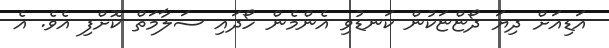
އަޑިއަށް ދިޔަ ދޯޏްޏަކުން ކަނޑުވި އެންމެން ހޯދައި ސަލާމަތް ކޮށްފި އެވެ. އެ